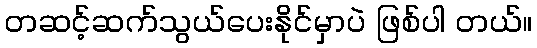
တဆင့်ဆက်သွယ်ပေးနိုင်မှာပဲ ဖြစ်ပါ တယ်။